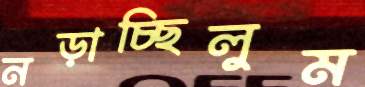
নড়াচ্ছিলুম